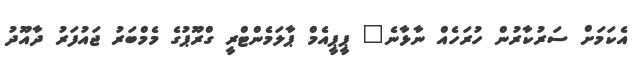
އެކަމަށް ސަރުކާރުން ހުރަހެއް ނާޅާނެ" ޕީޕީއެމް ޕާލަމެންޓްރީ ގްރޫޕުގެ މެމްބަރު ޖައުފަރު ދާއޫދު